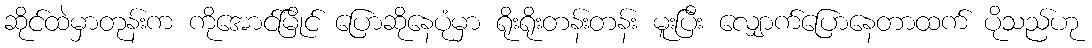
ဆိုင်ထဲမှာတုန်းက ကိုအောင်မြိုင် ပြောဆိုနေပုံမှာ ရိုးရိုးတန်းတန်း မူးပြီး လျှောက်ပြောနေတာထက် ပိုသည်ဟု